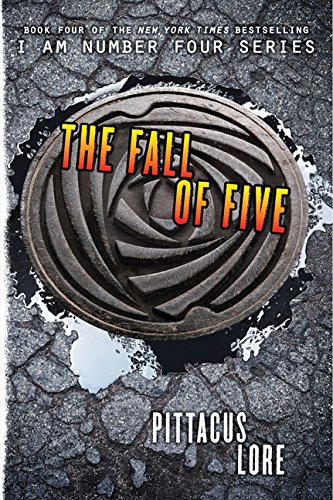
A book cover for The Fall of Five (Lorien Legacies); Pittacus Lore; Teen & Young Adult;